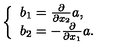
\left\{ \begin{array} { l } { b _ { 1 } = \frac { \partial } { \partial x _ { 2 } } a , } \\ { b _ { 2 } = - \frac { \partial } { \partial x _ { 1 } } a . } \\ \end{array} \right.